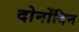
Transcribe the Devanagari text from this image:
दोनोंदिन